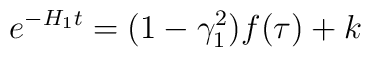
e^{-H_1t} = (1-\gamma_1^2) f(\tau) + k